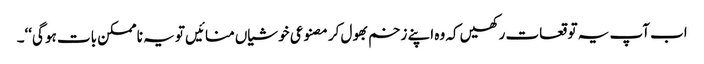
اب آپ یہ توقعات رکھیں کہ وہ اپنے زخم بھول کر مصنوعی خوشیاں منائیں تو یہ نا ممکن بات ہو گی‘‘۔